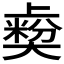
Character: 𡚋